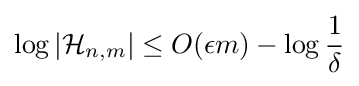
\log |{\mathcal {H}}_{n,m}|\leq O(\epsilon m)-\log {\frac {1}{\delta }}